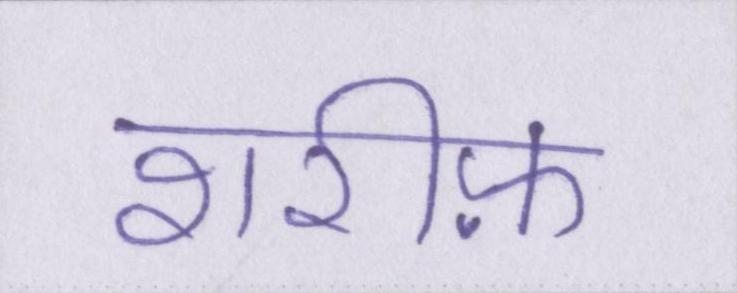
शरीफ़